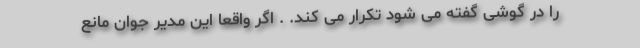
را در گوشی گفته می شود تکرار می کند. . اگر واقعا این مدیر جوان مانع